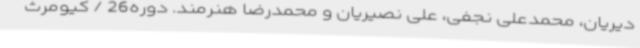
دیریان، محمدعلی نجفی، علی نصیریان و محمدرضا هنرمند. دوره26 / کیومرث